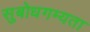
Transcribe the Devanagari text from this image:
सुबोधगम्यता